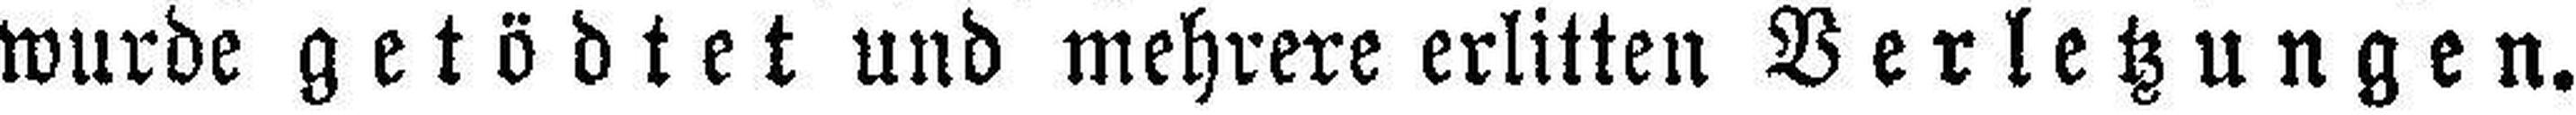
wurde getödtet und mehrere erlitten Verletzungen.